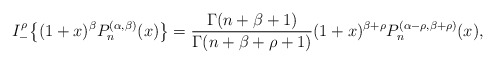
\begin{align*}I_{-}^\rho\big\{(1+x)^\beta P_n^{(\alpha,\beta)}(x)\big\}=\frac{\Gamma(n+\beta+1)}{\Gamma(n+\beta+\rho+1)}(1+x)^{\beta+\rho} P_n^{(\alpha-\rho,\beta+\rho)}(x),\end{align*}